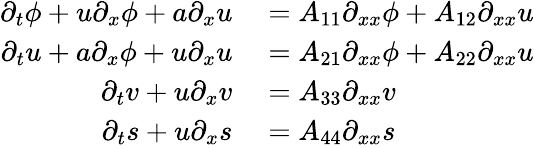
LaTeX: \begin{array}{rl}{\partial_{t}\phi+u\partial_{x}\phi+a\partial_{x}u}&{{}=A_{11}\partial_{xx}\phi+A_{12}\partial_{xx}u}\\ {\partial_{t}u+a\partial_{x}\phi+u\partial_{x}u}&{{}=A_{21}\partial_{xx}\phi+A_{22}\partial_{xx}u}\\ {\partial_{t}v+u\partial_{x}v}&{{}=A_{33}\partial_{xx}v}\\ {\partial_{t}s+u\partial_{x}s}&{{}=A_{44}\partial_{xx}s}\end{array}